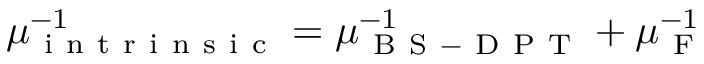
\mu _ { \mathrm { ~ i ~ n ~ t ~ r ~ i ~ n ~ s ~ i ~ c ~ } } ^ { - 1 } = \mu _ { \mathrm { ~ B ~ S ~ - ~ D ~ P ~ T ~ } } ^ { - 1 } + \mu _ { \mathrm { ~ F ~ } } ^ { - 1 }